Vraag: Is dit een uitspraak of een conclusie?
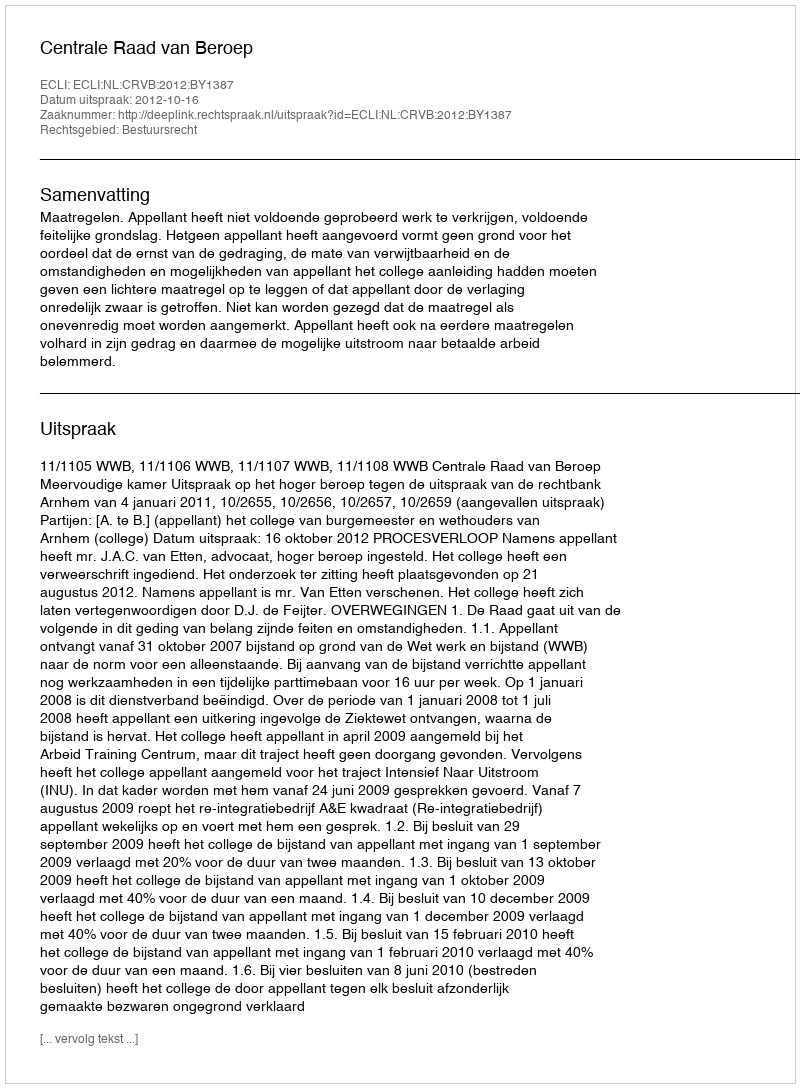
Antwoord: Uitspraak